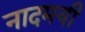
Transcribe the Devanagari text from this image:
नादमयी